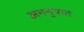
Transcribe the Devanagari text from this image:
अननुपात